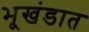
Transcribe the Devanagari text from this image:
भूखंडात